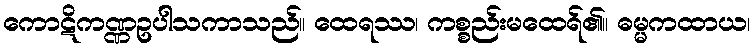
ကောဋိကဏ္ဏဥပါသကာသည်။ ထေရဿ၊ ကစ္စည်းမထေရ်၏။ ဓမ္မကထာယ၊